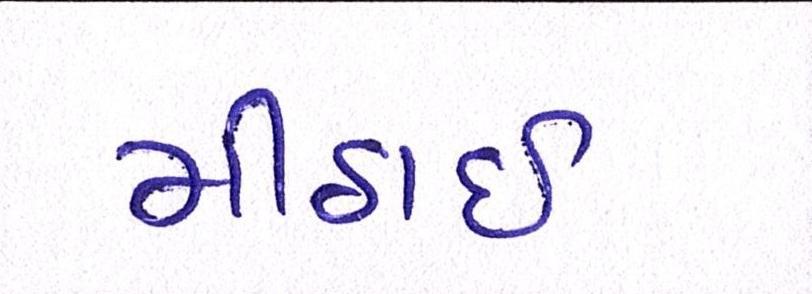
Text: મીઠાઈ